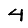
Digit: 4